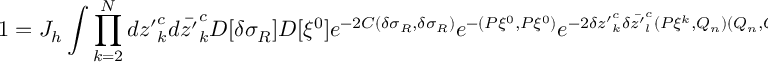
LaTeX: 1 = J _ { h } \int \prod _ { k = 2 } ^ { \cal N } d { z ^ { \prime } } _ { k } ^ { c } d \bar { z ^ { \prime } } _ { k } ^ { c } D [ \delta \sigma _ { R } ] D [ \xi ^ { 0 } ] e ^ { - 2 C ( \delta \sigma _ { R } , \delta \sigma _ { R } ) } e ^ { - ( P \xi ^ { 0 } , P \xi ^ { 0 } ) } e ^ { - 2 \delta { z ^ { \prime } } _ { k } ^ { c } \delta \bar { z ^ { \prime } } _ { l } ^ { c } ( P \xi ^ { k } , Q _ { n } ) ( Q _ { n } , \bar { Q } _ { s } ) ^ { - 1 } ( \bar { Q } _ { s } , P \bar { \xi } ^ { l } ) }